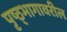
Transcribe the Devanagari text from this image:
पृष्ठ्भागावरील